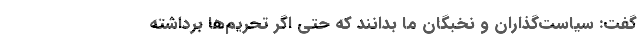
گفت:‌ سیاست‌گذاران و نخبگان ما بدانند که حتی اگر تحریم‌ها برداشته